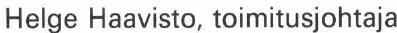
Helge Haavisto, toimitusjohtaja